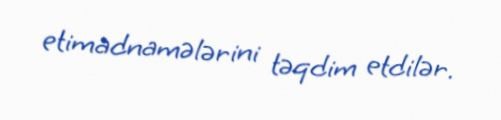
etimadnamələrini təqdim etdilər.